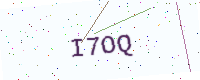
Text: I7OQ